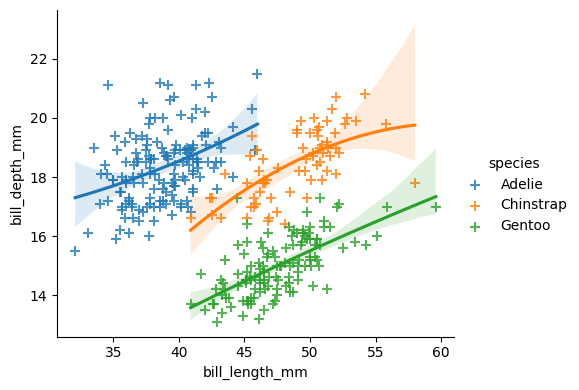
python, seaborn, lmplot, aspect=1.2, order=2, markers='+'